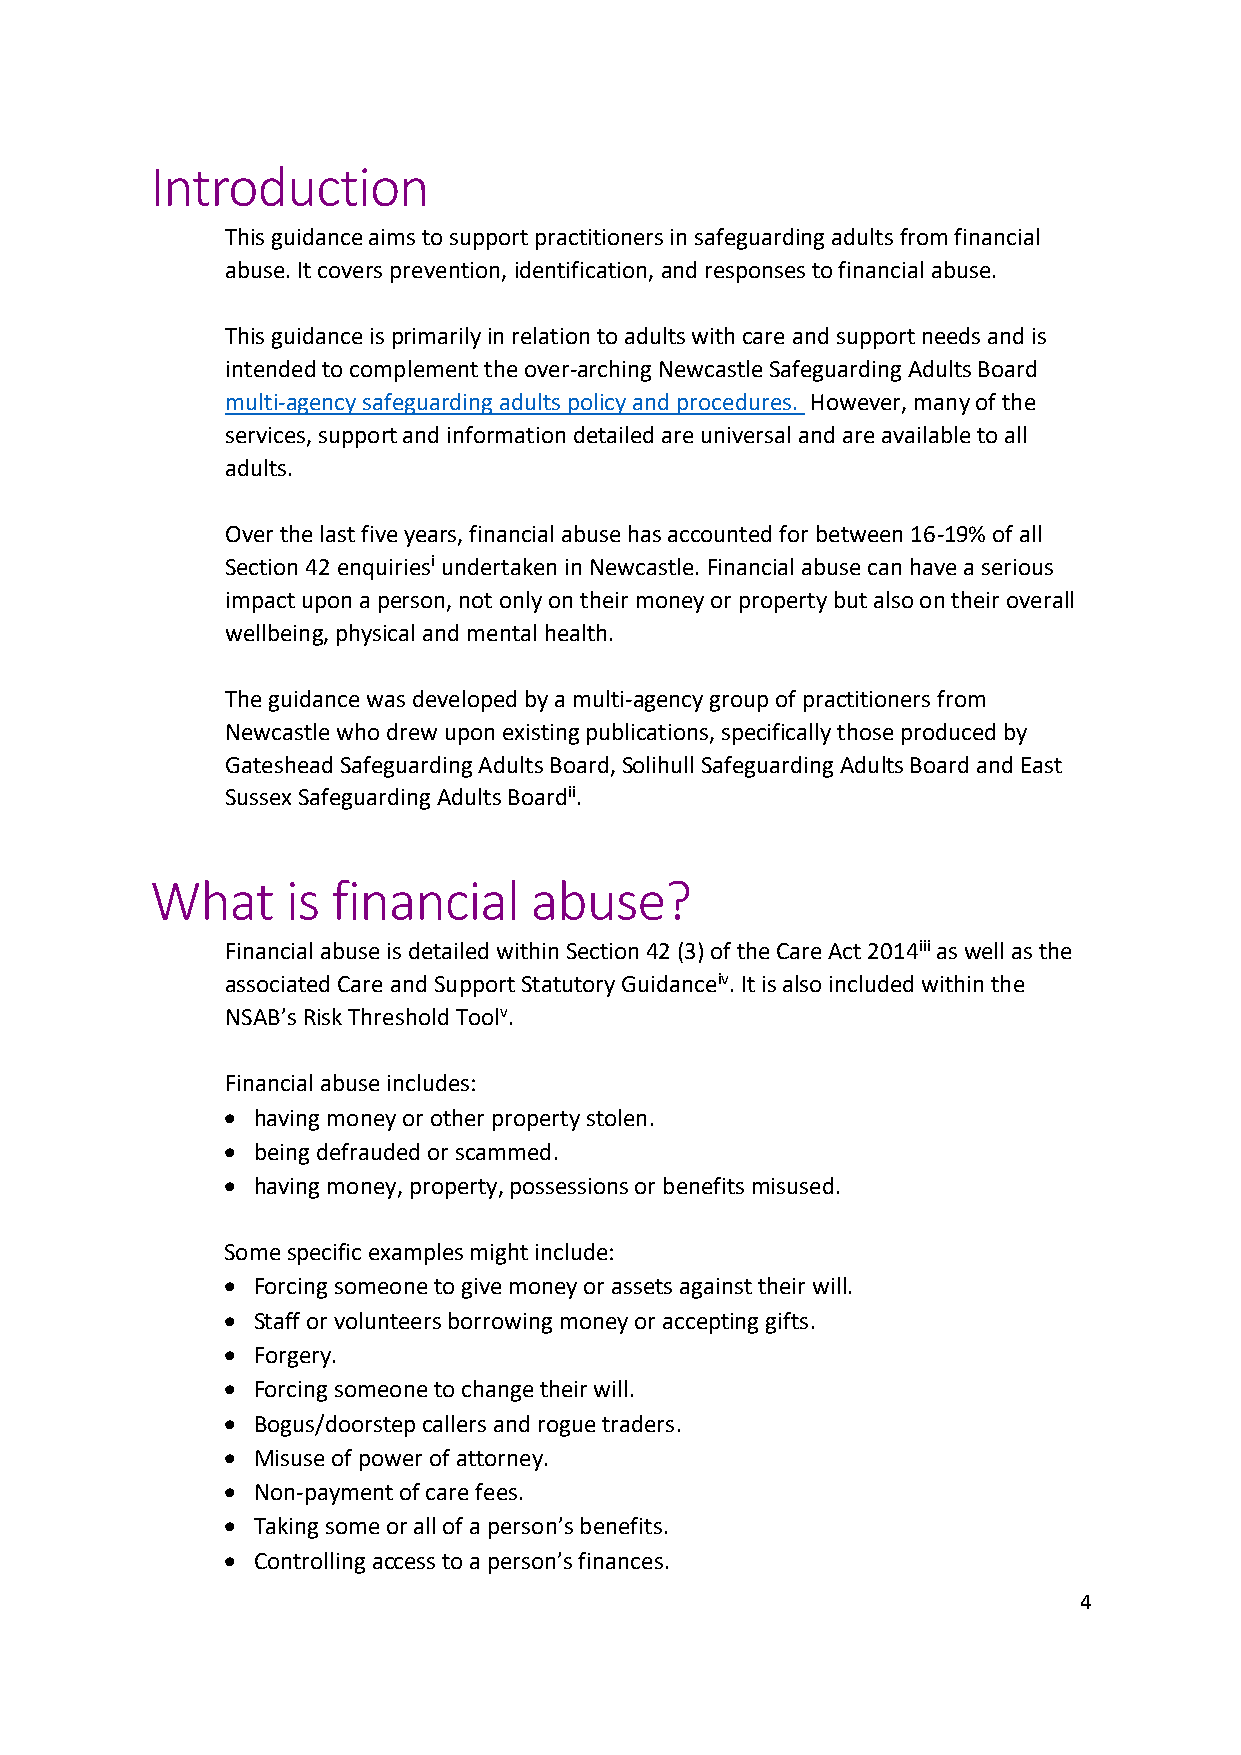
Introduction
 This guidance aims to support practitioners in safeguarding adults from financial
 abuse. It covers prevention, identification, and responses to financial abuse.
 This guidance is primarily in relation to adults with care and support needs and is
 intended to complement the over-arching Newcastle Safeguarding Adults Board
 multi-agency safeguarding adults policy and procedures. However, many of the
 services, support and information detailed are universal and are available to all
 adults.
 Over the last five years, financial abuse has accounted for between 16-19% of all
 Section 42 enquiriesi undertaken in Newcastle. Financial abuse can have a serious
 impact upon a person, not only on their money or property but also on their overall
 wellbeing, physical and mental health.
 The guidance was developed by a multi-agency group of practitioners from
 Newcastle who drew upon existing publications, specifically those produced by
 Gateshead Safeguarding Adults Board, Solihull Safeguarding Adults Board and East
 Sussex Safeguarding Adults Boardii.
 What     is financial    abuse?
 Financial abuse is detailed within Section 42 (3) of the Care Act 2014iii as well as the
 associated Care and Support Statutory Guidanceiv. It is also included within the
 NSAB’s Risk Threshold Toolv.
 Financial abuse includes:
 • having money or other property stolen.
 • being defrauded or scammed.
 • having money, property, possessions or benefits misused.
 Some specific examples might include:
 • Forcing someone to give money or assets against their will.
 • Staff or volunteers borrowing money or accepting gifts.
 • Forgery.
 • Forcing someone to change their will.
 • Bogus/doorstep callers and rogue traders.
 • Misuse of power of attorney.
 • Non-payment of care fees.
 • Taking some or all of a person’s benefits.
 • Controlling access to a person’s finances.
 4